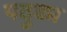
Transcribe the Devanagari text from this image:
पदुका